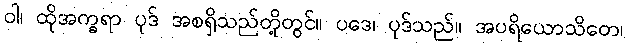
ဝါ၊ ထိုအက္ခရာ ပုဒ် အစရှိသည်တို့တွင်။ ပဒေ၊ ပုဒ်သည်။ အပရိယောသိတေ၊